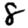
Digit: 8